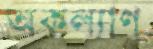
অকল্যাণ